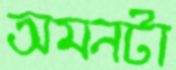
অমনটা